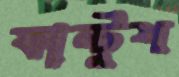
ফান্টুশ